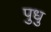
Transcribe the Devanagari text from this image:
पुधु